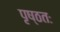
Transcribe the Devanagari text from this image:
पृष्ठतः